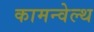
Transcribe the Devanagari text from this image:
कामन्वेल्थ